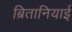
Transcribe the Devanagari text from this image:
ब्रितानियाई